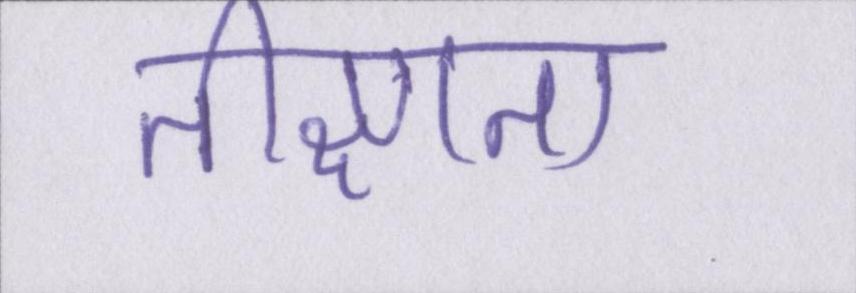
तीक्ष्णता